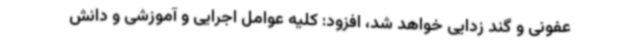
عفونی و گند زدایی خواهد شد، افزود: کلیه عوامل اجرایی و آموزشی و دانش